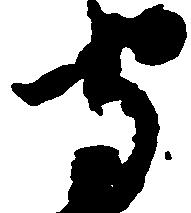
守